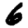
Digit: 6